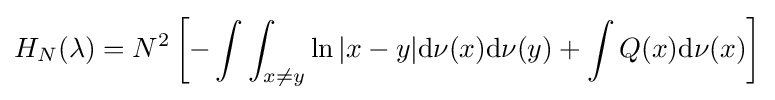
H_{N}(\lambda )=N^{2}\left[-\int \int _{x\neq y}\ln |x-y|\mathrm {d} \nu (x)\mathrm {d} \nu (y)+\int Q(x)\mathrm {d} \nu (x)\right]